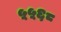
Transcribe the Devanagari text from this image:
५५६८